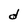
Character: d